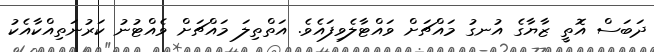
ދަބަސް އޮތީ ޒާޔާގެ އުނގު މައްޗަށް ވައްޓާލެވިފައެވެ. އަތްތިލަ މައްޗަށް ވެއްޓުނު ކަރުނަތިއްކާއެކު